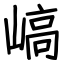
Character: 嵪